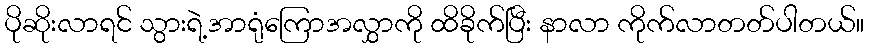
ပိုဆိုးလာရင် သွားရဲ့အာရုံကြောအလွှာကို ထိခိုက်ပြီး နာလာ ကိုက်လာတတ်ပါတယ်။